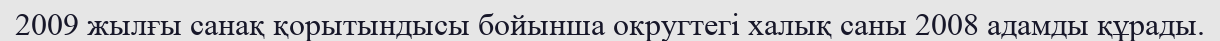
2009 жылғы санақ қорытындысы бойынша округтегі халық саны 2008 адамды құрады.